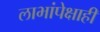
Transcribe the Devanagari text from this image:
लाभांपेक्षाही